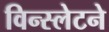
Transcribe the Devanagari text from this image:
विन्स्लेटने